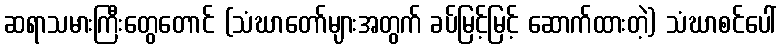
ဆရာသမားကြီးတွေတောင် (သံဃာတော်များအတွက် ခပ်မြင့်မြင့် ဆောက်ထားတဲ့) သံဃာစင်ပေါ်